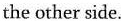
the other side.